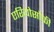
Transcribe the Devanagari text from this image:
एरियोसोफी